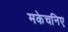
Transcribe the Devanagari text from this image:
मकेचनिए